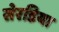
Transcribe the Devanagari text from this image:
सेरडिया